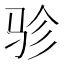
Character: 𱅇